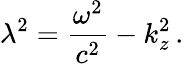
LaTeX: \lambda^{2}=\frac{\omega^{2}}{c^{2}}-k_{z}^{2}\, {.}